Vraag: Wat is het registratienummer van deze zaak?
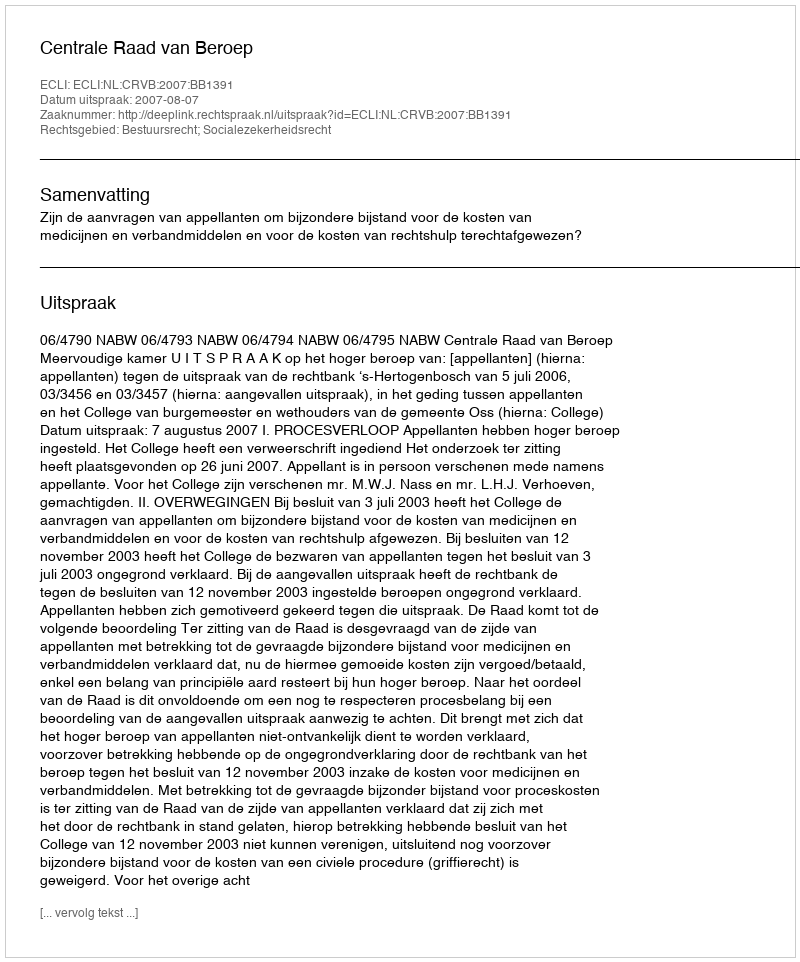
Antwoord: http://deeplink.rechtspraak.nl/uitspraak?id=ECLI:NL:CRVB:2007:BB1391